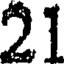
21